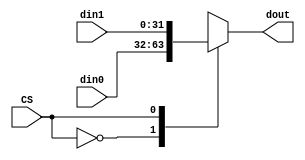
module Multiplexer2to1 #(
    parameter width = 32
) 
(
    input [0:0] CS,

    input [width-1:0] din0,
    input [width-1:0] din1,

    output reg [width-1:0] dout
);

always @(*) begin
    case (CS)
        1'b0: dout = din0;
        1'b1: dout = din1; 
        default: dout = 32'd0;
    endcase
end
    
endmodule